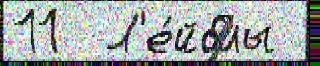
11  Л'е́йблы